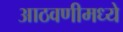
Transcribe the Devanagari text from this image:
आठवणीमध्ये